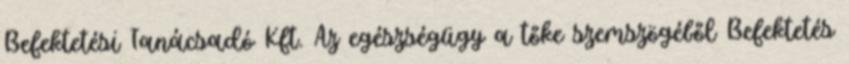
Befektetési Tanácsadó Kft. Az egészségügy a tőke szemszögéből Befektetés